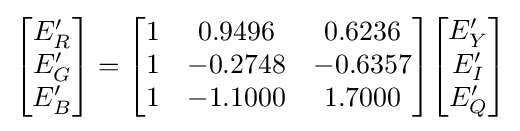
{\begin{bmatrix}E_{R}^{\prime }\\E_{G}^{\prime }\\E_{B}^{\prime }\end{bmatrix}}={\begin{bmatrix}1&0.9496&0.6236\\1&-0.2748&-0.6357\\1&-1.1000&1.7000\end{bmatrix}}{\begin{bmatrix}E_{Y}^{\prime }\\E_{I}^{\prime }\\E_{Q}^{\prime }\end{bmatrix}}